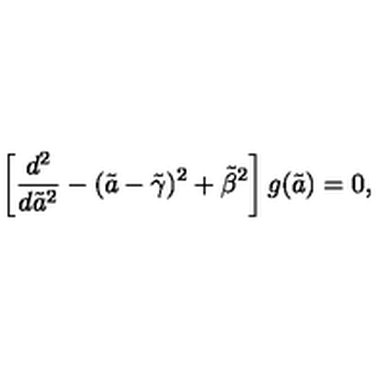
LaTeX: \left[ { \frac { d ^ { 2 } } { d { \tilde { a } } ^ { 2 } } } - ( \tilde { a } - { \tilde { \gamma } } ) ^ { 2 } + { \tilde { \beta } } ^ { 2 } \right] g ( \tilde { a } ) = 0 ,